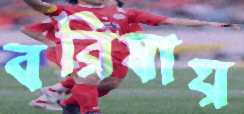
বরিষায়